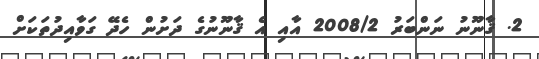
2. ޤާނޫނު ނަންބަރު 2008/2 އާއި އެ ޤާނޫނުގެ ދަށުން ހެދޭ ގަވާއިދުތަކަށް